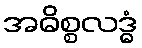
အဓိစ္စလဒ္ဓံ